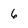
Character: 6